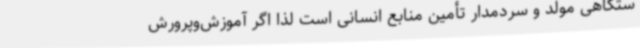
ستگاهی مولد و سردمدار تأمین منابع انسانی است لذا اگر آموزش‌وپرورش